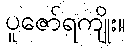
ပူဇော်ရကျိုး။